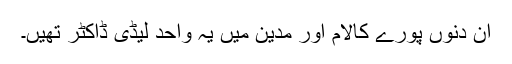
ان دنوں پورے کالام اور مدین میں یہ واحد لیڈی ڈاکٹر تھیں۔